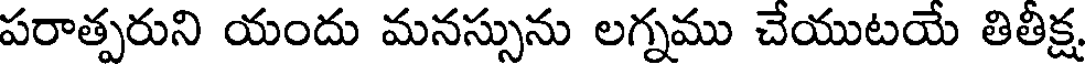
పరాత్పరుని యందు మనస్సును లగ్నము చేయుటయే తితీక్ష